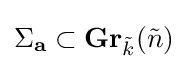
\Sigma _{\mathbf {a} }\subset \mathbf {Gr} _{\tilde {k}}({\tilde {n}})